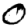
Digit: 0